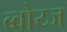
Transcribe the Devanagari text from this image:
ब्वोय्ज